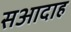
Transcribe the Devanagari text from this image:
सआदाह